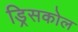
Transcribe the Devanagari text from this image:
ड्रिसकोल